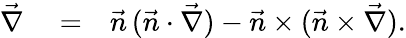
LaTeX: \begin{array}{rlr}{\vec{\nabla}}&{{}=}&{\vec{n}\, (\vec{n}\cdot\vec{\nabla})-\vec{n}\times(\vec{n}\times\vec{\nabla}).}\end{array}